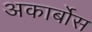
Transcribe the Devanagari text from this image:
अकार्बोस